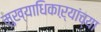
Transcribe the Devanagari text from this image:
मुख्याधिकाऱ्यांच्या